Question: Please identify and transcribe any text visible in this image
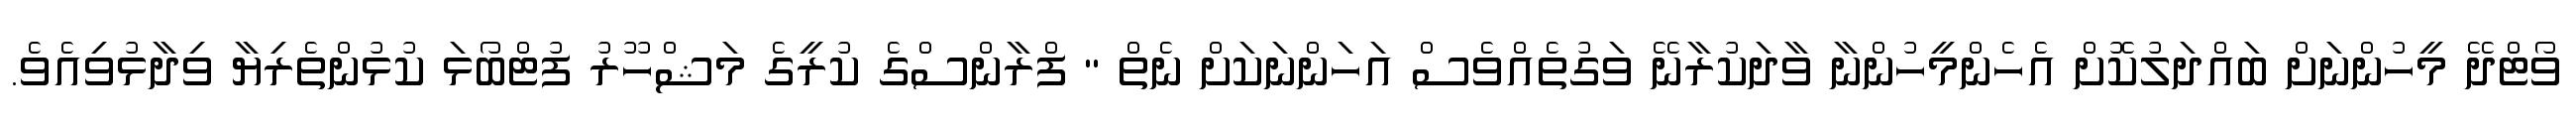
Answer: ވޯޓްދޭ މީހުންނަށް ބައްދަލުކޮށް އެހެންމީހުންނާ ވާދަކުރާނޭ ވަގުތެއްވެސް އަހަންނަކަށް ނެތް " ފްރާންސްގެ ކުރީގެ މަޝްހޫރު ފުޓްބޯޅަ ކުޅުންތެރިޔާ ވިދާޅުވިއެވެ.